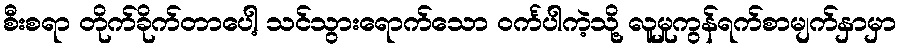
စီးစရာ တိုက်ခိုက်တာပေါ့ သင်သွားရောက်သော ဝင်္ကပါကဲ့သို့ လူမှုကွန်ရက်စာမျက်နှာမှာ